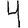
Digit: 4